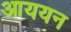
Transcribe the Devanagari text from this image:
आययन